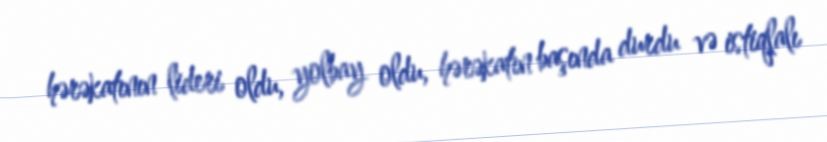
hərəkatının lideri oldu, yolbay oldu, hərəkatın başında durdu və istiqlalı